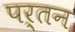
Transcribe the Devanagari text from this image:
पर्तन